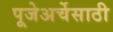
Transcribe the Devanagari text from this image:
पूजेअर्चेसाठी